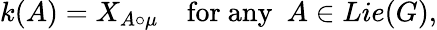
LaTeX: k(A)=X_{A\circ\mu}\quad\mathrm{for~any~~}A\in Lie(G),